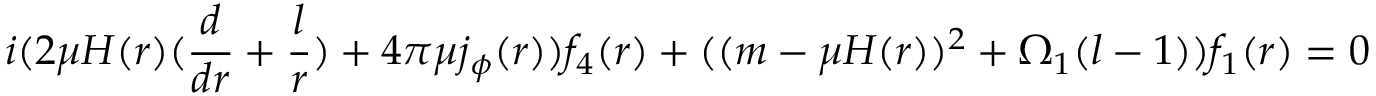
i ( 2 \mu H ( r ) ( \frac { d } { d r } + \frac { l } { r } ) + 4 \pi \mu j _ { \phi } ( r ) ) f _ { 4 } ( r ) + ( ( m - \mu H ( r ) ) ^ { 2 } + \Omega _ { 1 } ( l - 1 ) ) f _ { 1 } ( r ) = 0